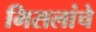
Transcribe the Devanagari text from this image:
मिसलांचे